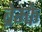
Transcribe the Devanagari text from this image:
ब्रेम्के